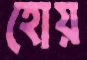
হোয়